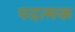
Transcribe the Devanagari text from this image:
पदत्मक